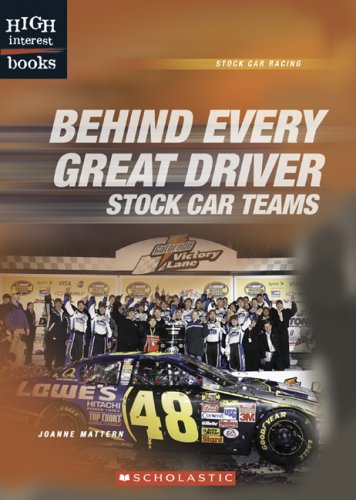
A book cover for Behind Every Great Driver: Stock Car Teams (High Interest Books: Stock Car Racing); Joanne Mattern; Teen & Young Adult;